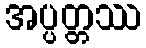
အပ္ပတ္တဿ